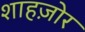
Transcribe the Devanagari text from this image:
शाहज़ोर